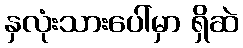
နှလုံးသားပေါ်မှာ ရှိဆဲ